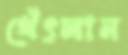
থেঁৎলান